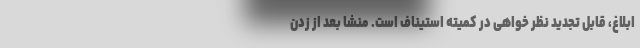
ابلاغ، قابل تجدید نظر خواهی در کمیته استیناف است. منشا بعد از زدن